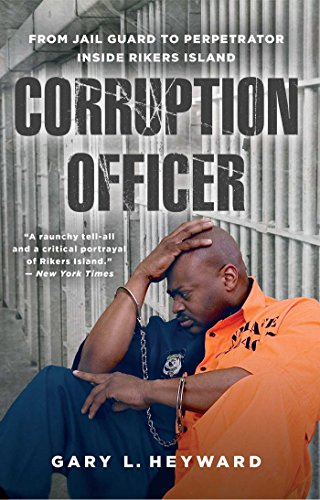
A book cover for Corruption Officer: From Jail Guard to Perpetrator Inside Rikers Island; Gary L. Heyward; Biographies & Memoirs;